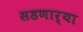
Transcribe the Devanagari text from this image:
सडणार्या